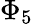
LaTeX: \Phi_{5}